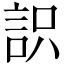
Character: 䛊